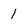
Character: 1